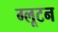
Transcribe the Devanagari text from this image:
ग्लूटन